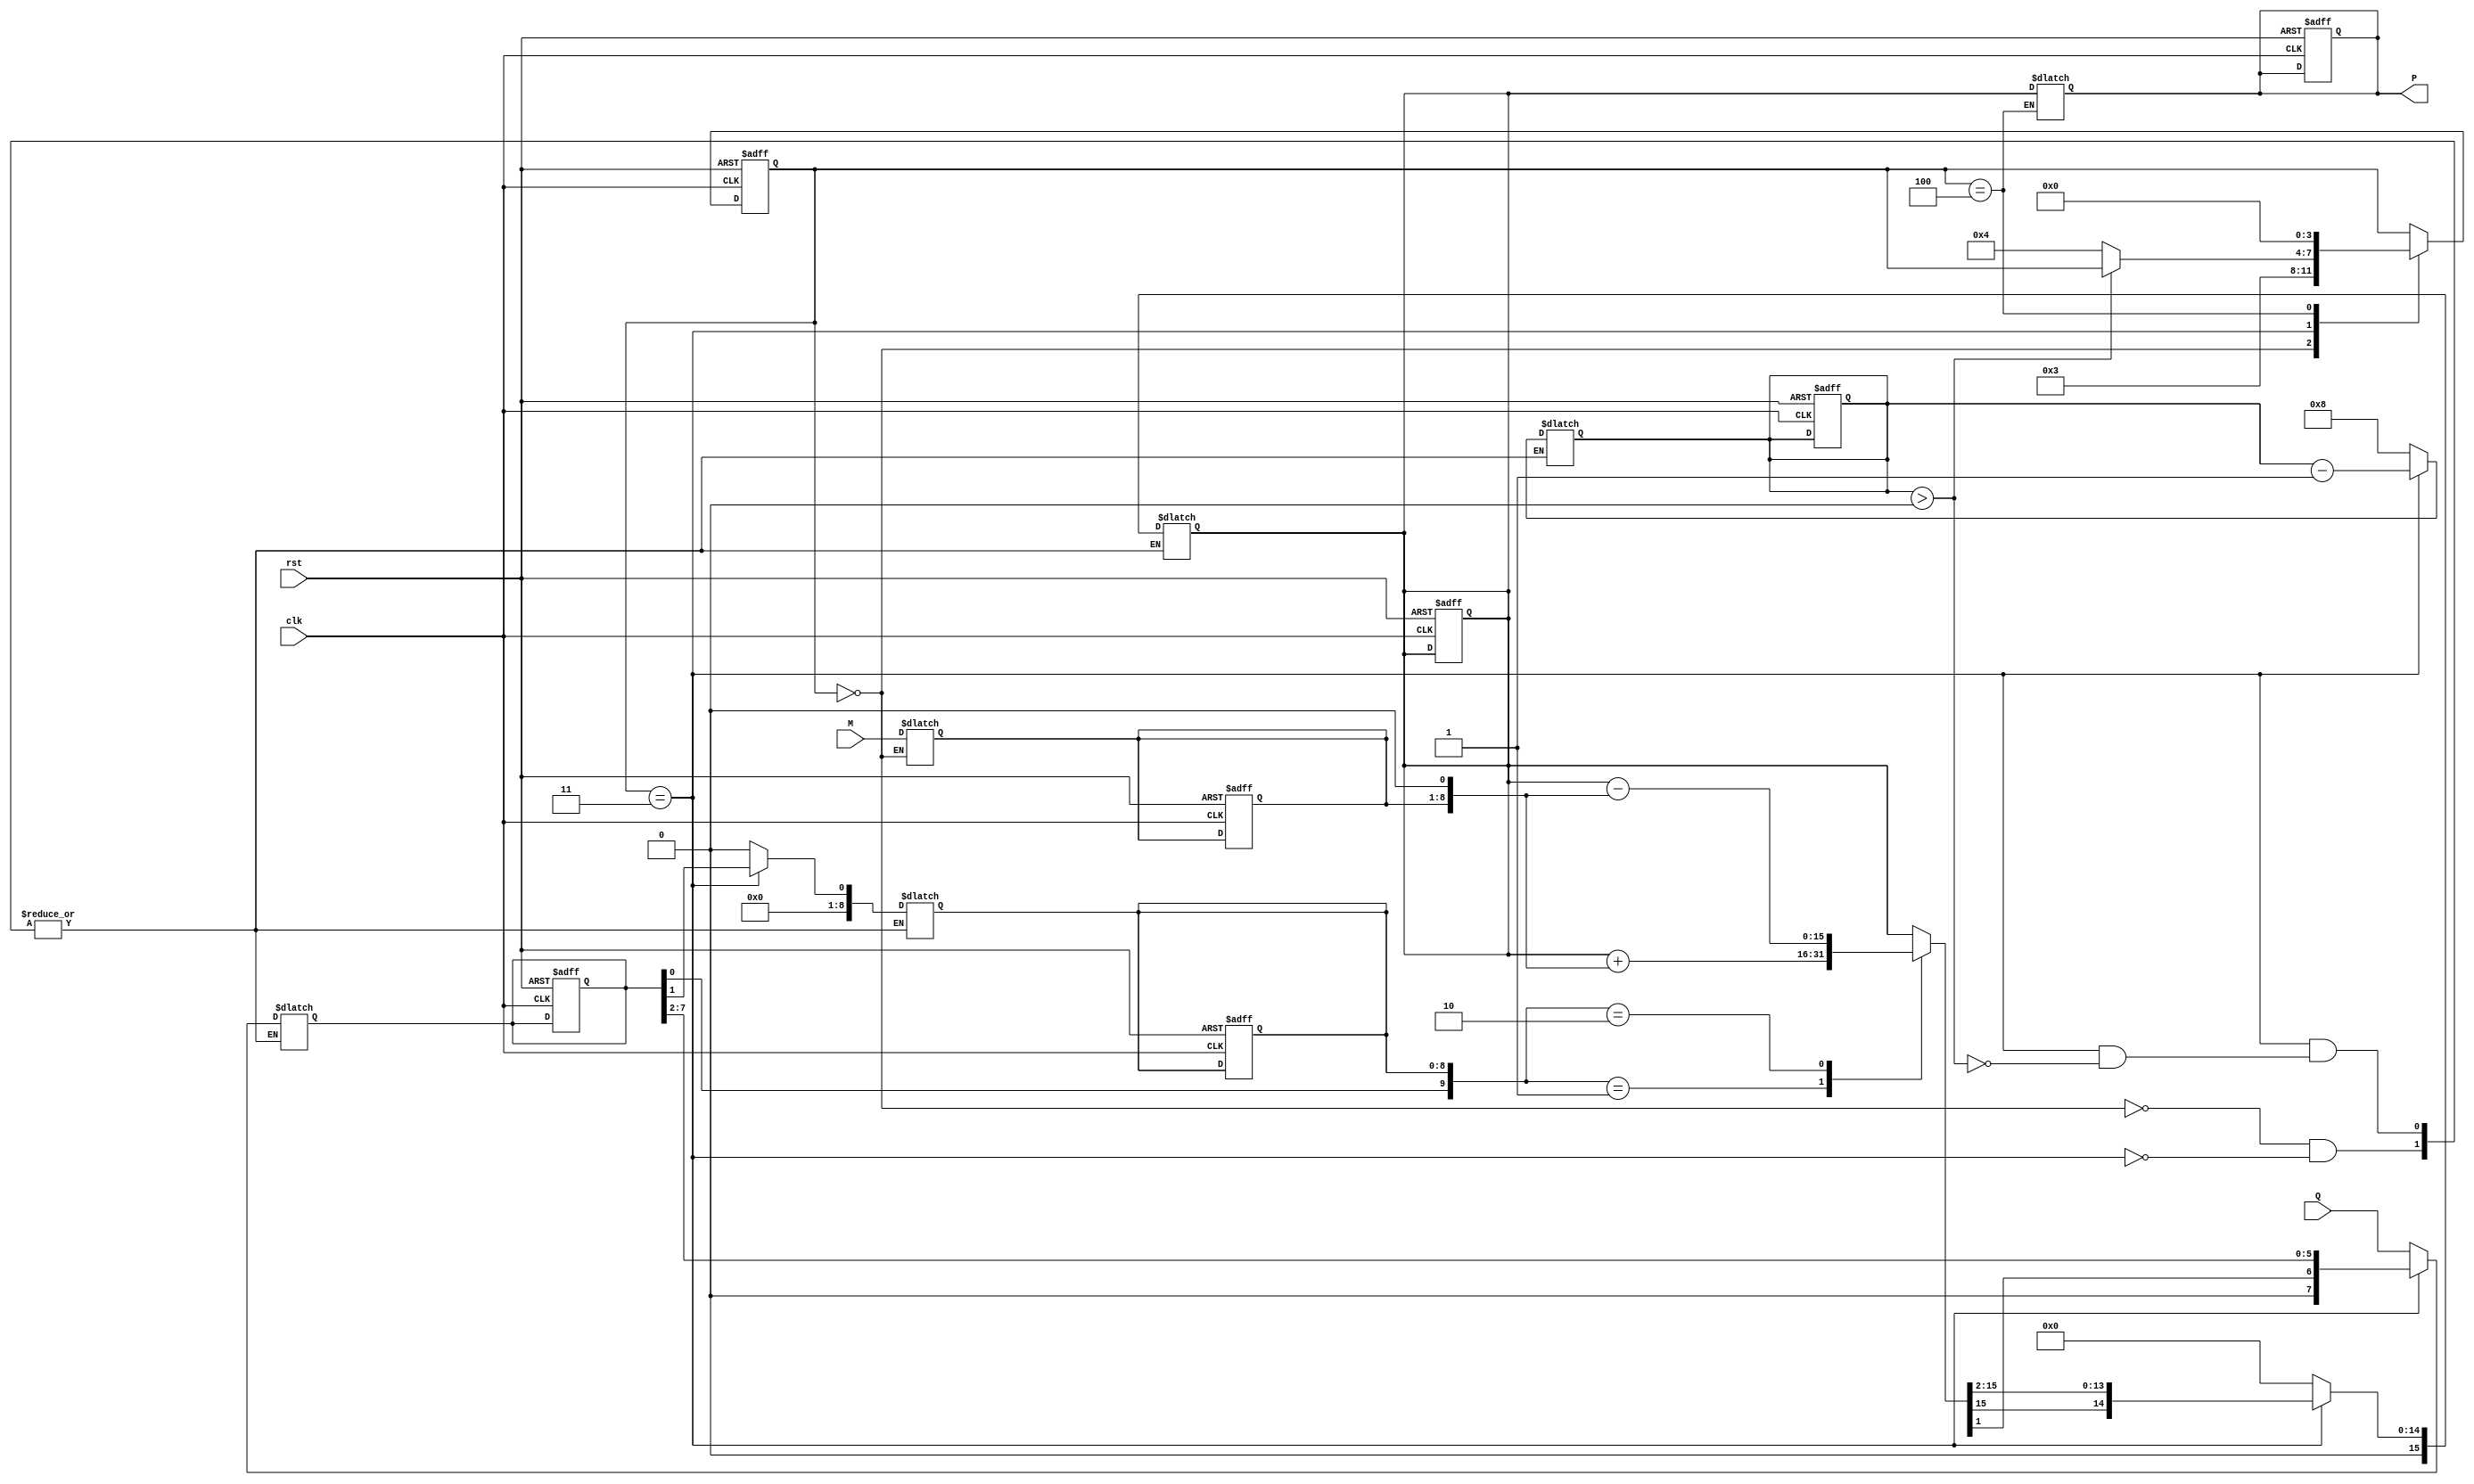
module modified_booth_multiplier #(
    parameter WIDTH = 8 // Bit-width for multiplicand and multiplier
)(
    input wire clk,
    input wire rst,
    input wire [WIDTH-1:0] M, // Multiplicand
    input wire [WIDTH-1:0] Q, // Multiplier
    output reg [2*WIDTH-1:0] P // Product
);

    reg [WIDTH-1:0] Q_reg; // Register for multiplier
    reg [WIDTH-1:0] M_reg; // Register for multiplicand
    reg [WIDTH:0] Q_minus_1; // Register for Q-1 (previous bit of Q)
    reg [2*WIDTH-1:0] A; // Accumulator
    reg [3:0] count; // Counter for iterations

    // State definitions
    localparam IDLE = 4'b0000,
               ADD = 4'b0001,
               SUB = 4'b0010,
               SHIFT = 4'b0011,
               DONE = 4'b0100;

    reg [3:0] state, next_state;

    // Initialize registers and state
    always @(posedge clk or posedge rst) begin
        if (rst) begin
            A <= 0;
            Q_reg <= 0;
            M_reg <= 0;
            Q_minus_1 <= 0;
            P <= 0;
            count <= 0;
            state <= IDLE;
        end else begin
            state <= next_state;
        end
    end

    // State machine for Modified Booth multiplication
    always @(*) begin
        next_state = state;
        case (state)
            IDLE: begin
                // Load inputs and initialize
                M_reg = M;
                Q_reg = Q;
                Q_minus_1 = 0;
                A = 0;
                count = WIDTH; // Set count to number of bits
                next_state = SHIFT;
            end

            SHIFT: begin
                if (count > 0) begin
                    case ({Q_reg[0], Q_minus_1})
                        2'b00: begin
                            // No action
                        end
                        2'b01: begin
                            // Add M to A
                            A = A + {M_reg, 1'b0}; // Shift M left by 1
                        end
                        2'b10: begin
                            // Subtract M from A
                            A = A - {M_reg, 1'b0}; // Shift M left by 1
                        end
                        2'b11: begin
                            // No action
                        end
                    endcase

                    // Right shift A and Q
                    {A, Q_reg} = {A[2*WIDTH-1], A[2*WIDTH-1:1], Q_reg[WIDTH-1:1]};
                    Q_minus_1 = Q_reg[0]; // Update Q-1
                    Q_reg = {1'b0, Q_reg[WIDTH-1:1]}; // Shift Q
                    count = count - 1; // Decrement count
                end else begin
                    next_state = DONE; // Move to done state
                end
            end

            DONE: begin
                P = A; // Output the product
                next_state = IDLE; // Reset to IDLE for next operation
            end
        endcase
    end

endmodule